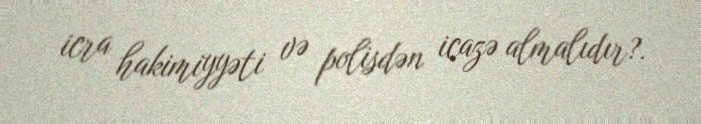
icra hakimiyyəti və polisdən icazə almalıdır?.